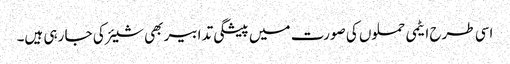
اسی طرح ایٹمی حملوں کی صورت میں پیشگی تدابیر بھی شیئر کی جا رہی ہیں۔